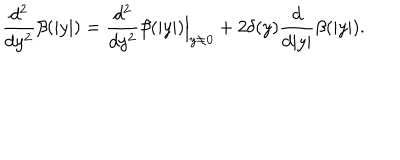
\frac { d ^ { 2 } } { d y ^ { 2 } } \beta ( | y | ) = \frac { d ^ { 2 } } { d y ^ { 2 } } \beta ( | y | ) \Big | _ { y \ne 0 } + 2 \delta ( y ) \frac { d } { d | y | } \beta ( | y | ) .